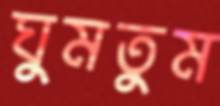
ঘুমতুম